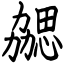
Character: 勰